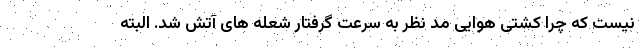
نیست که چرا کشتی هوایی مد نظر به سرعت گرفتار شعله های آتش شد. البته